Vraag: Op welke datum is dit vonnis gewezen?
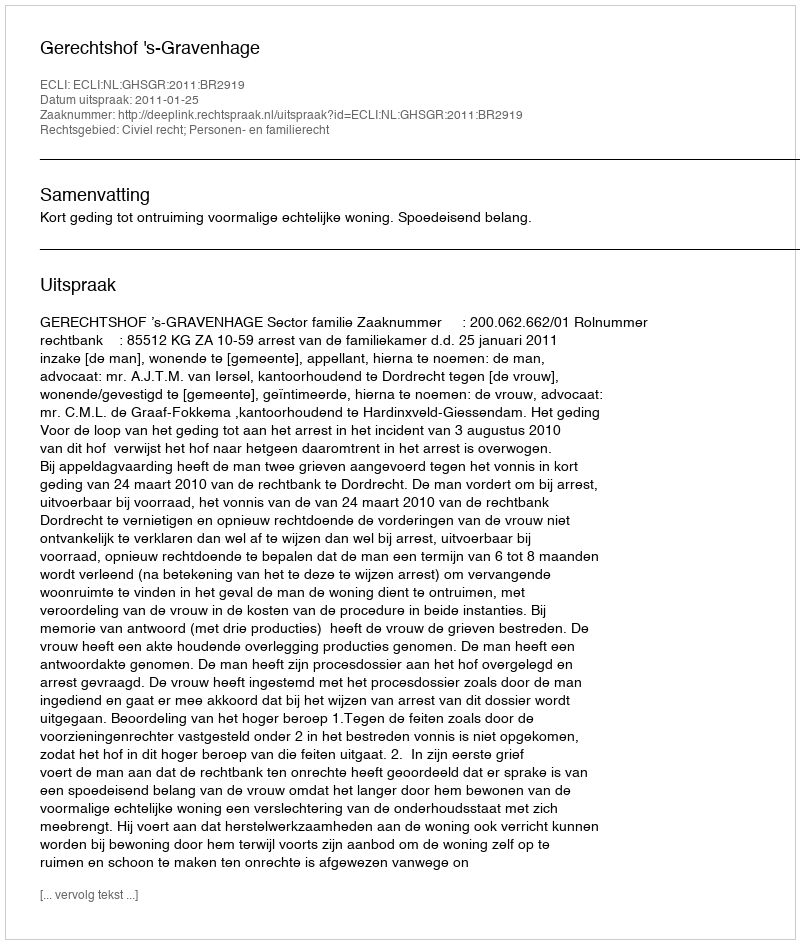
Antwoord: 2011-01-25